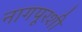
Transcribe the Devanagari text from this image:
नागपूरशी